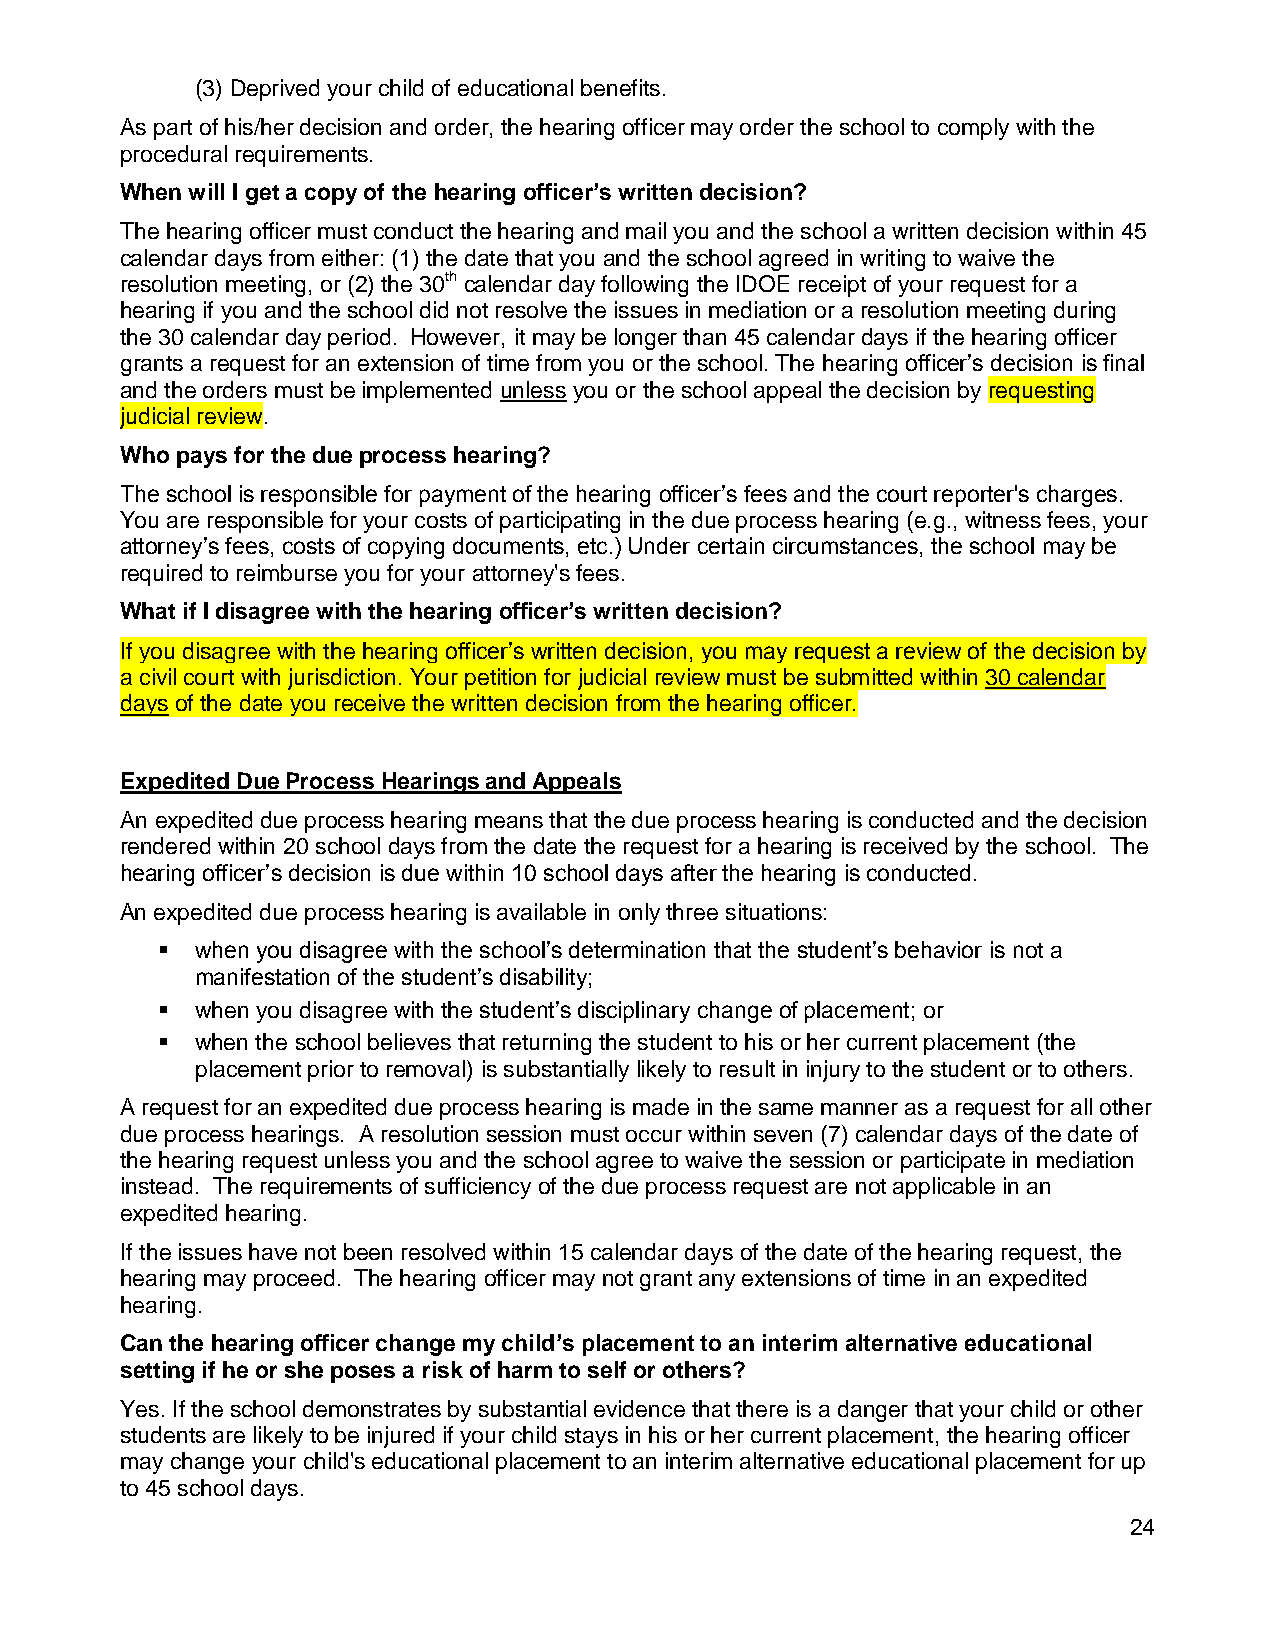
(3) Deprived your child of educational benefits.
 As part of his/her decision and order, the hearing officer may order the school to comply with the
 procedural requirements.
 When will I get a copy of the hearing officer’s written decision?
 The hearing officer must conduct the hearing and mail you and the school a written decision within 45
 calendar days from either: (1) the date that you and the school agreed in writing to waive the
 resolution meeting, or (2) the 30th calendar day following the IDOE receipt of your request for a
 hearing if you and the school did not resolve the issues in mediation or a resolution meeting during
 the 30 calendar day period. However, it may be longer than 45 calendar days if the hearing officer
 grants a request for an extension of time from you or the school. The hearing officer’s decision is final
 and the orders must be implemented unless you or the school appeal the decision by requesting
 judicial review.
 Who pays for the due process hearing?
 The school is responsible for payment of the hearing officer’s fees and the court reporter's charges.
 You are responsible for your costs of participating in the due process hearing (e.g., witness fees, your
 attorney’s fees, costs of copying documents, etc.) Under certain circumstances, the school may be
 required to reimburse you for your attorney's fees.
 What if I disagree with the hearing officer’s written decision?
 If you disagree with the hearing officer’s written decision, you may request a review of the decision by
 a civil court with jurisdiction. Your petition for judicial review must be submitted within 30 calendar
 days of the date you receive the written decision from the hearing officer.
 Expedited Due Process Hearings and Appeals
 An expedited due process hearing means that the due process hearing is conducted and the decision
 rendered within 20 school days from the date the request for a hearing is received by the school. The
 hearing officer’s decision is due within 10 school days after the hearing is conducted.
 An expedited due process hearing is available in only three situations:
   when you disagree with the school’s determination that the student’s behavior is not a
 manifestation of the student’s disability;
   when you disagree with the student’s disciplinary change of placement; or
   when the school believes that returning the student to his or her current placement (the
 placement prior to removal) is substantially likely to result in injury to the student or to others.
 A request for an expedited due process hearing is made in the same manner as a request for all other
 due process hearings. A resolution session must occur within seven (7) calendar days of the date of
 the hearing request unless you and the school agree to waive the session or participate in mediation
 instead. The requirements of sufficiency of the due process request are not applicable in an
 expedited hearing.
 If the issues have not been resolved within 15 calendar days of the date of the hearing request, the
 hearing may proceed. The hearing officer may not grant any extensions of time in an expedited
 hearing.
 Can the hearing officer change my child’s placement to an interim alternative educational
 setting if he or she poses a risk of harm to self or others?
 Yes. If the school demonstrates by substantial evidence that there is a danger that your child or other
 students are likely to be injured if your child stays in his or her current placement, the hearing officer
 may change your child's educational placement to an interim alternative educational placement for up
 to 45 school days.
 24